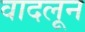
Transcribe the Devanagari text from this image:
वादलून